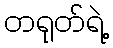
တရုတ်ရဲ့